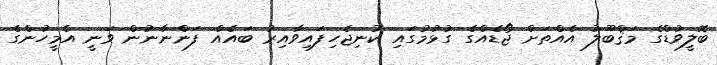
ބޮލީވުޑްގެ މަޤްބޫލު އެއްތަށް ޖޯޑެއްގެ ގުޅުމުގައި ކުނިޖެހިފައިވާއިރު ބައެއް ފަންނާނުން ވަނީ އެމީހުންގެ